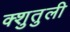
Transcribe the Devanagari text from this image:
क्शुतुली